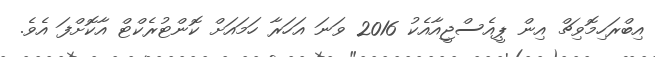
އިބްރަހިމޮވިޗް އިން ޕީއެސްޖީއާއެކު 2016 ވަނަ އަހަރާ ހަމައަށް ކޮންޓުރެކްޓް އާކޮށްފަ އެވެ.